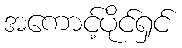
အကောင့်ပိုင်ရှင်